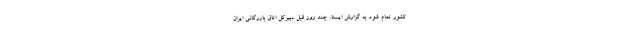
کشور تمام شود. به گزارش ایسنا، چند روز قبل دبیرکل اتاق بازرگانی ایران